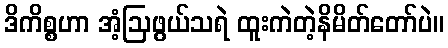
ဒိကိစ္စဟာ အံ့ဩဖွယ်သရဲ ထူးကဲတဲ့နိမိတ်တော်ပဲ။